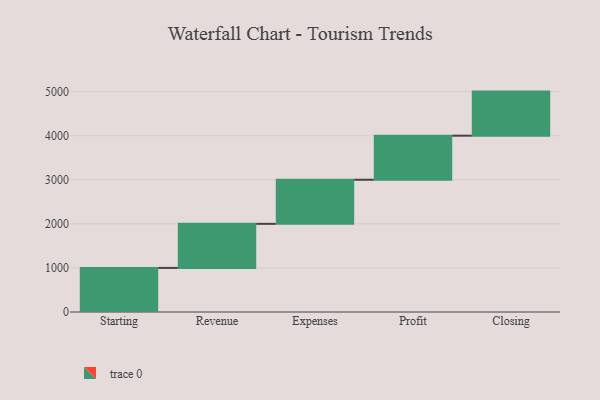
{"axis": {"x": "Step", "y": "Value"}, "legend": [""], "data": [{"x": "Starting", "y": 1000, "type": ""}, {"x": "Revenue", "y": 1000, "type": ""}, {"x": "Expenses", "y": 1000, "type": ""}, {"x": "Profit", "y": 1000, "type": ""}, {"x": "Closing", "y": 1000, "type": ""}]}